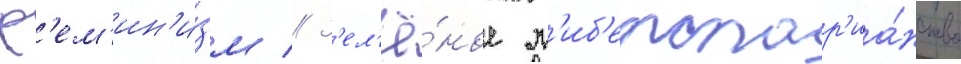
ф'ем'ин'и́зм // З'ел'ё́ное л'иб'ертар'иа́нство